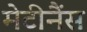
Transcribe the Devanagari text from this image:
मेटीनैंस